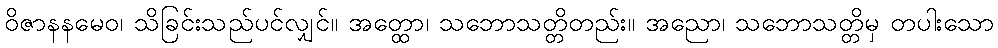
ဝိဇာနနမေဝ၊ သိခြင်းသည်ပင်လျှင်။ အတ္ထော၊ သဘောသတ္တိတည်း။ အညော၊ သဘောသတ္တိမှ တပါးသော